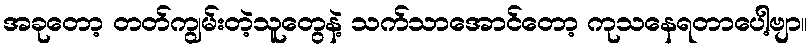
အခုတော့ တတ်ကျွမ်းတဲ့သူတွေနဲ့ သက်သာအောင်တော့ ကုသနေရတာပေါ့ဗျာ။